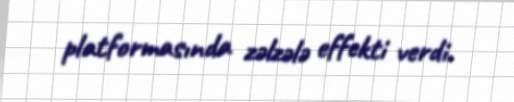
platformasında zəlzələ effekti verdi.